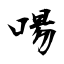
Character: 啺